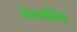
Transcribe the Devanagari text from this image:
उज्जवलित